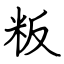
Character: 粄